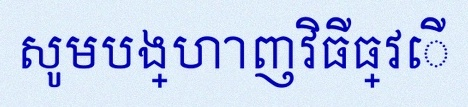
សូមបង្ហាញវិធីធ្វើ